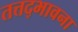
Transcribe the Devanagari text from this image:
तत्तद्भावना